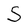
Character: S